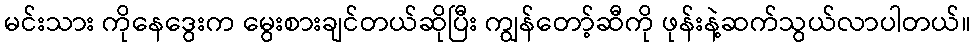
မင်းသား ကိုနေဒွေးက မွေးစားချင်တယ်ဆိုပြီး ကျွန်တော့်ဆီကို ဖုန်းနဲ့ဆက်သွယ်လာပါတယ်။